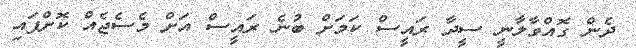
ދެން ގޮއްވާލާނީ ސީދާ ރައީސް ކަމަށް ބުނެ ރައީސް އަށް މެސެޖެއް ކޮށްފައި